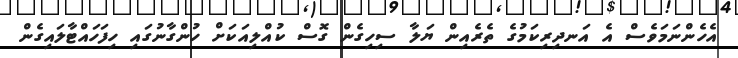
އެހެންނަމަވެސް އެ އަނދިރިކަމުގެ ތެރެއިން ޔަލާ ސިހިގެން ގޮސް ކުއްލިއަކަށް ހުންގާނުގައި ހިފަހައްޓާލައިގެން